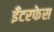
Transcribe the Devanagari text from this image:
इँटरफेस